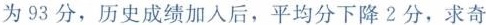
为93分，历史成绩加入后，平均分下降2分，求奇